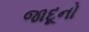
જાદૂનો